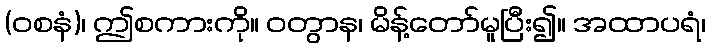
(ဝစနံ)၊ ဤစကားကို။ ဝတွာန၊ မိန့်တော်မူပြီး၍။ အထာပရံ၊